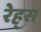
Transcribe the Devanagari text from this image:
रेह्स